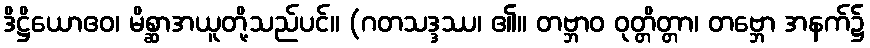
ဒိဋ္ဌိယောဧဝ၊ မိစ္ဆာအယူတို့သည်ပင်။ (ဂတသဒ္ဒဿ၊ ၏။ တဗ္ဘာဝ ဝုတ္တိတ္တာ၊ တဗ္ဘော အနက်၌